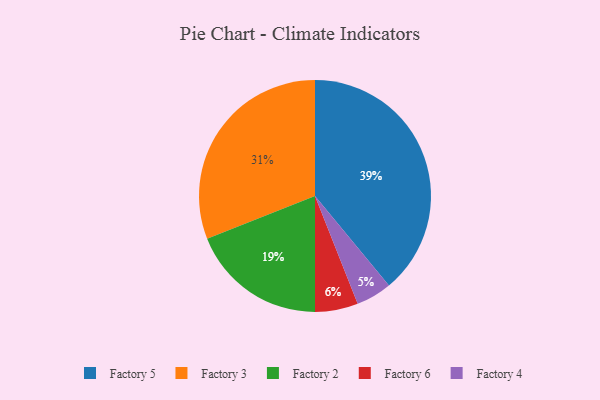
{"axis": {"x": "Category", "y": "Percentage"}, "legend": ["Factory 2", "Factory 3", "Factory 4", "Factory 5", "Factory 6"], "data": [{"x": "Factory 3", "y": 31, "type": "Factory 3"}, {"x": "Factory 4", "y": 5, "type": "Factory 4"}, {"x": "Factory 2", "y": 19, "type": "Factory 2"}, {"x": "Factory 6", "y": 6, "type": "Factory 6"}, {"x": "Factory 5", "y": 39, "type": "Factory 5"}]}